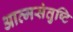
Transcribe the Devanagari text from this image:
आत्मसंतुष्टि